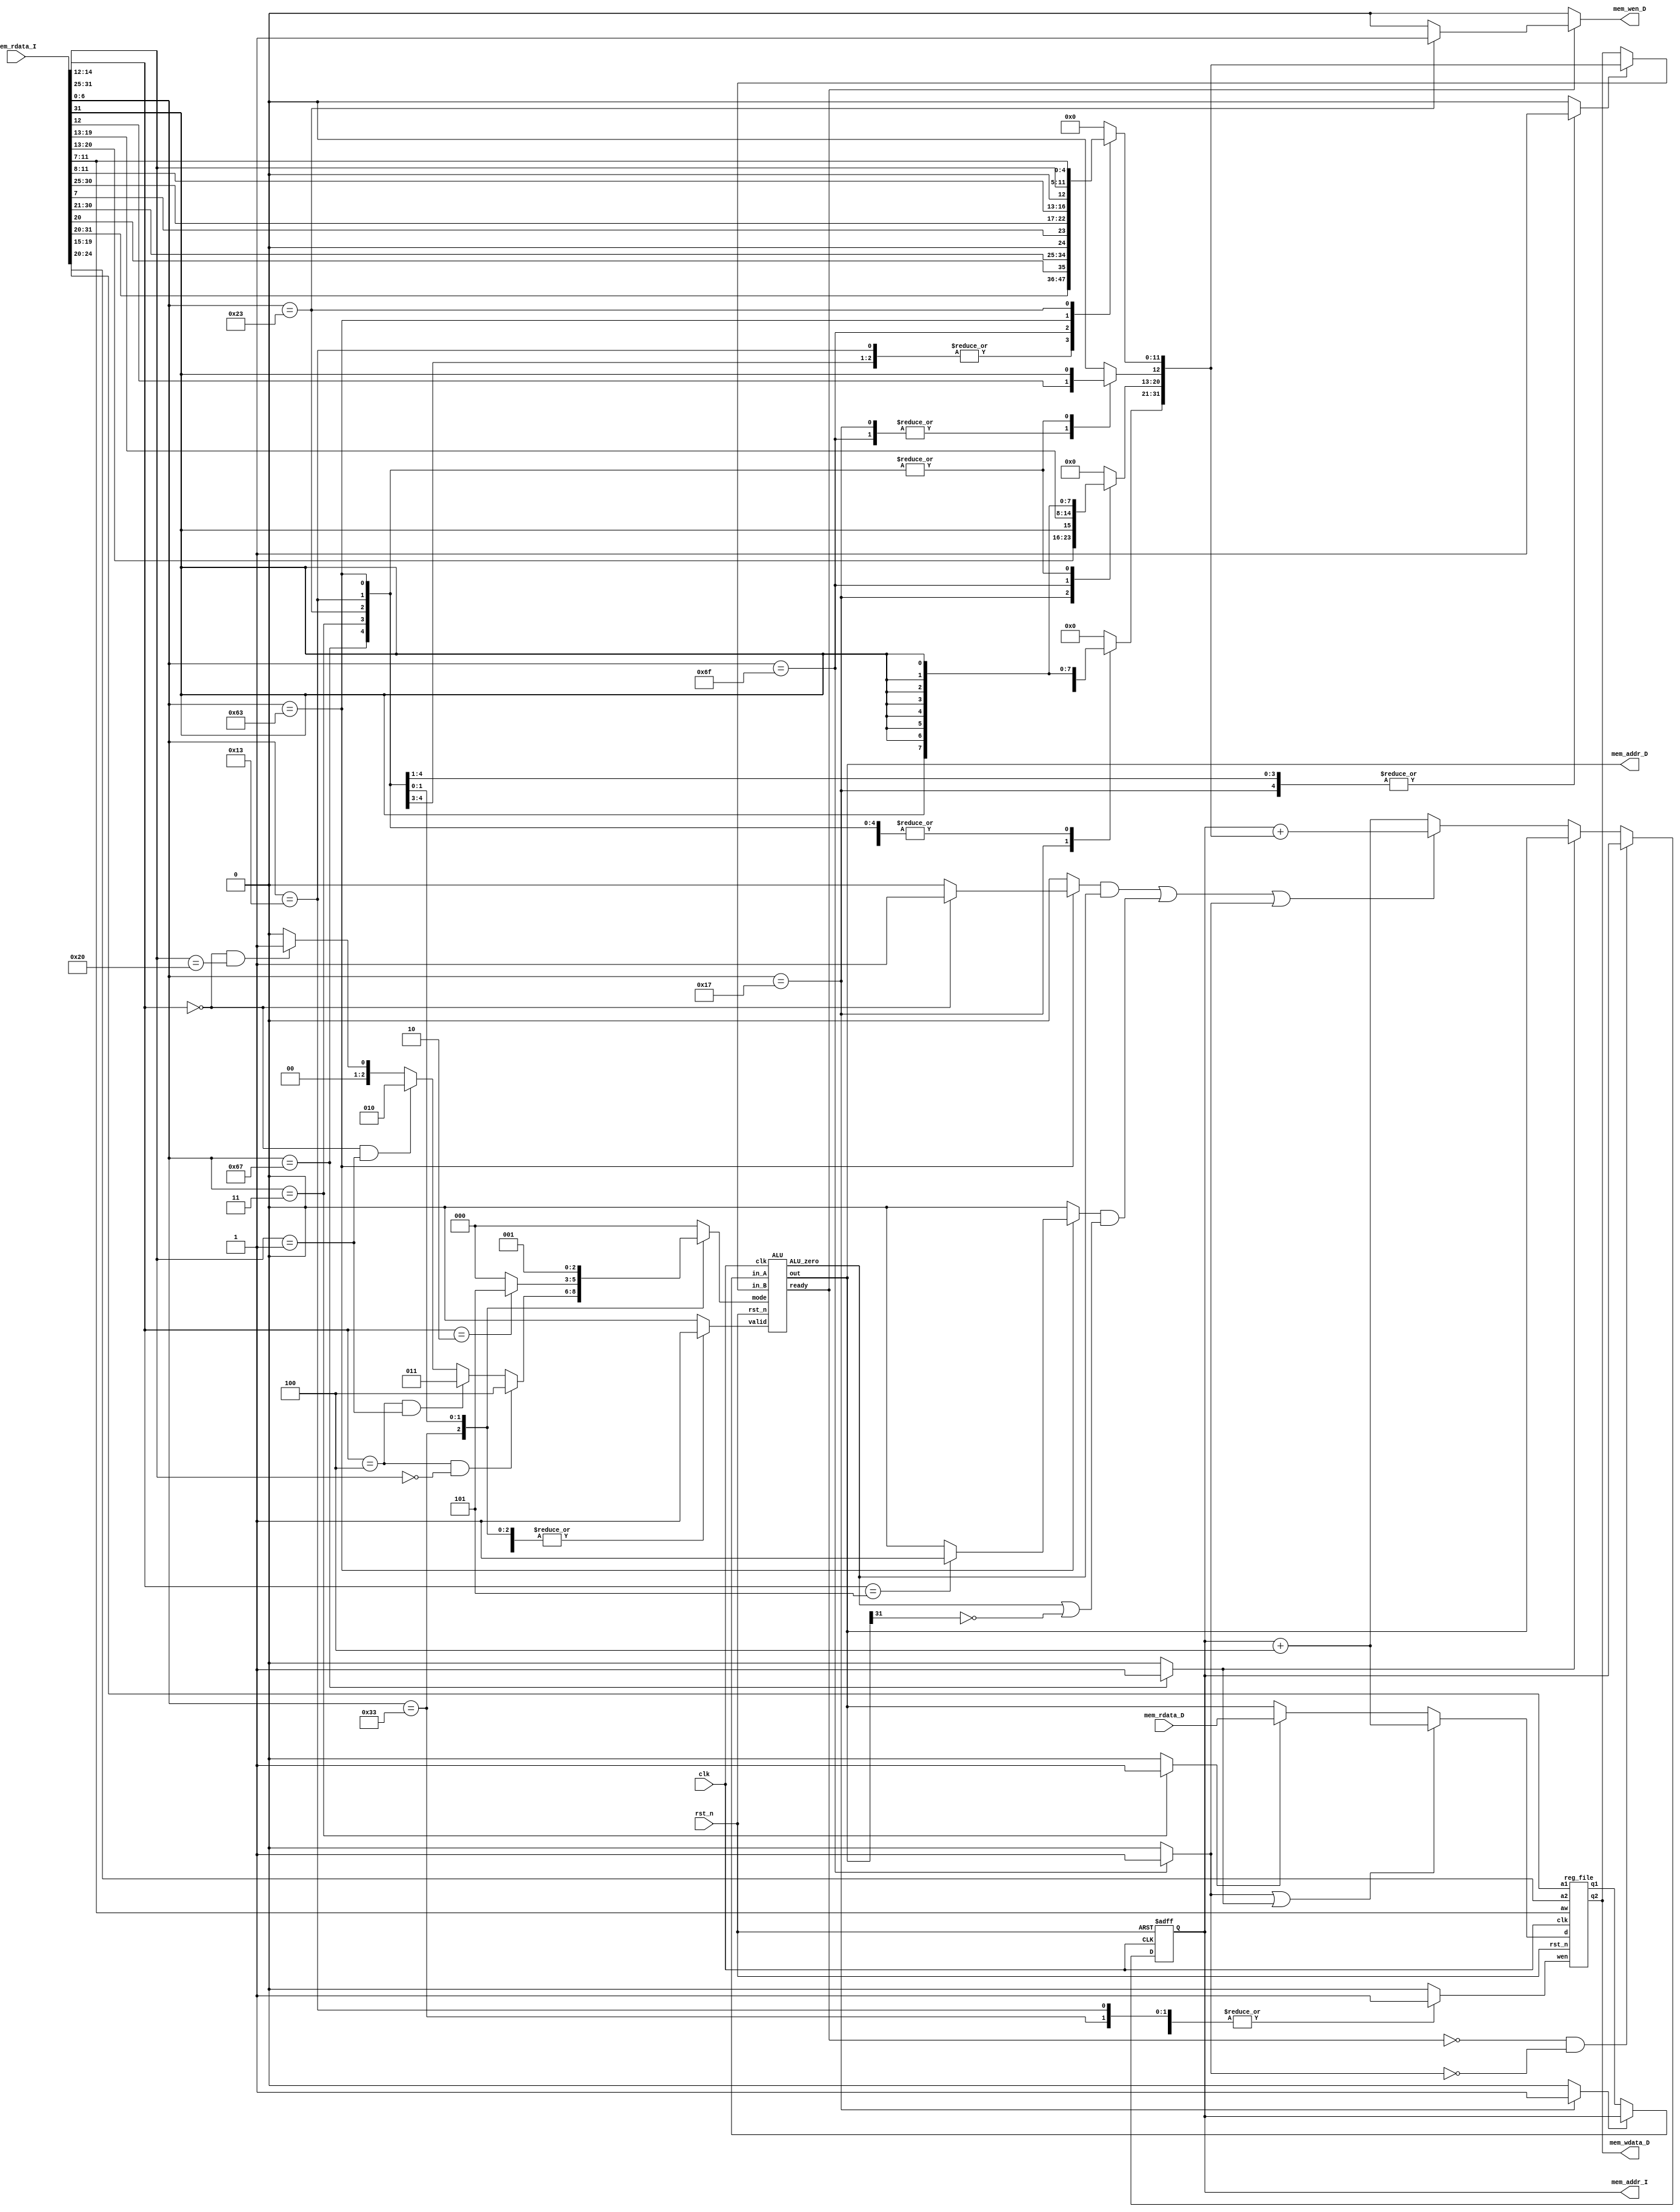
// Your code 

/* Version
    6/5 (4:30)
    Kayn modified:
        complete ALU.
        ALU add in this file.
        add some reg & wire for control.
        complete control signal.


    6/5 (14:10)
    WIL modified:
        part of combinational 

    6/5 (15:15)
    Kayn modified:
        imme generator


    6/5 (17:00)
    WIL modified:
        PC control, input data, minor bugs


    6/5 (21:00)
    Kayn modified:
        control bugs(ALU mode not correct), rd_data fix,

    
*/

module CHIP(clk,
            rst_n,
            // For mem_D
            mem_wen_D,
            mem_addr_D,
            mem_wdata_D,
            mem_rdata_D,
            // For mem_I
            mem_addr_I,
            mem_rdata_I);

    input         clk, rst_n ;
    // For mem_D
    output        mem_wen_D  ;
    output [31:0] mem_addr_D ;
    output [31:0] mem_wdata_D;
    input  [31:0] mem_rdata_D;
    // For mem_I
    output [31:0] mem_addr_I ;
    input  [31:0] mem_rdata_I;
    
    //---------------------------------------//
    // Do not modify this part!!!            //
    // Exception: You may change wire to reg //
    reg    [31:0] PC          ;              //
    reg    [31:0] PC_nxt      ;              // 
    reg               RegWrite;              //
    wire   [ 4:0] rs1, rs2, rd;              //
    wire   [31:0] rs1_data    ;              //
    wire   [31:0] rs2_data    ;              //
    wire   [31:0] rd_data     ;              //
    //---------------------------------------//


    // Todo: other wire/reg  

    wire   [6:0]   opcode;
    wire   [2:0]   funct3;
    wire   [6:0]   funct7;
    reg    [2:0]   ALU_mode;
    wire           ALU_ready;
    wire           ALU_zero;
    reg            Jal;
    reg            Jalr;
    reg            BEQ;
    reg            BGE;
    reg            MemRead;
    reg            MemToReg;
    reg            MemWrite;
    reg            is_jal;

    reg            valid;
    reg            ALUSrc_A;     // For auipc, in_A = pc
    reg            ALUSrc_B;     // select in_B between imme. and rs2
    reg    [31:0]  in_A_data;
    reg    [31:0]  in_B_data;     
    wire   [31:0]  ALU_result;

    // immediate
    reg    [31:0]  ImmeGen_out;
    

    //Destruct Instruction
    assign opcode = mem_rdata_I[ 6: 0];
    assign rd     = mem_rdata_I[11: 7];
    assign funct3 = mem_rdata_I[14:12];
    assign rs1    = mem_rdata_I[19:15];
    assign rs2    = mem_rdata_I[24:20];
    assign funct7 = mem_rdata_I[31:25];      
    

    ALU BasicALU(        
        .clk   (clk), 
        .rst_n (rst_n), 
        .valid (valid), 
        .ready (ALU_ready), 
        .mode  (ALU_mode), 
        .in_A  (in_A_data), 
        .in_B  (in_B_data),  
        .out   (ALU_result),
        .ALU_zero(ALU_zero) 
    );

    //---------------------------------------//
    // Do not modify this part!!!            //
    reg_file reg0(                           //
        .clk(clk),                           //
        .rst_n(rst_n),                       //
        .wen(RegWrite),                      //
        .a1(rs1),                            //
        .a2(rs2),                            //
        .aw(rd),                             //
        .d(rd_data),                         //
        .q1(rs1_data),                       //
        .q2(rs2_data)                        //
    );                                       //
    //---------------------------------------//

    // Todo: any combinational/sequential circuit
    assign mem_addr_I  = PC;  
    assign mem_wen_D   = ((ALU_ready)? MemWrite: 0);    
    assign mem_addr_D  = ALU_result;
    assign mem_wdata_D = rs2_data;
    assign rd_data     = ((Jal|Jalr)? PC+32'h00000004: MemToReg? mem_rdata_D: ALU_result); 
     
    // immediate generator
    always @(*) begin
        case(opcode)
            // I-type, lw
            7'b0010011, 7'b1100111, 7'b0000011 : begin
                ImmeGen_out[11:0] = mem_rdata_I[31:20];
                ImmeGen_out[31:12] = {20{ImmeGen_out[11]}};
            end
            // U-type
            7'b0010111 : ImmeGen_out = {mem_rdata_I[31:12], 12'b0};
            // J-type
            7'b1101111 : begin
                ImmeGen_out[20:0] = {mem_rdata_I[31], mem_rdata_I[19:12], mem_rdata_I[20], mem_rdata_I[30:21], 1'b0};
                ImmeGen_out[31:21] = {11{ImmeGen_out[20]}};
            end
            // B-type
            7'b1100011 : begin
                ImmeGen_out[12:0] = {mem_rdata_I[31], mem_rdata_I[7], mem_rdata_I[30:25], mem_rdata_I[11:8], 1'b0};
                ImmeGen_out[31:13] = {19{ImmeGen_out[12]}};
            end
            // S-type
            7'b0100011 : begin
                ImmeGen_out[11:0] = {mem_rdata_I[31:25], mem_rdata_I[11:7]};
                ImmeGen_out[31:12] = {20{ImmeGen_out[11]}};
            end
            default : ImmeGen_out = 0;
        endcase
    end

    // PC control
    always @(*) begin
        if (!ALU_ready & !is_jal) PC_nxt = PC;
        else if (Jalr) PC_nxt = ALU_result;
        else if ((BEQ & ALU_zero) | (BGE & (ALU_zero | !ALU_result[31])) | Jal) PC_nxt = PC + ImmeGen_out; 
        else PC_nxt = PC + 32'h00000004;
    end

    // control signal
        /* need to supply: 
            auipc(0010111), jal (1101111), jalr(1100111)
            beq  (1100011), bge (1100011), lw  (0000011), sw  (0100011)
            addi (0010011), slti(0010011), add (0110011), sub(0110011)
            xor  (0110011), mul (0110011)
        */
    always @(*) begin     
        
        Jal = 0;
        Jalr = 0;
        BEQ = 0;
        BGE = 0;
        is_jal = 0;

        MemRead = 0;
        MemToReg = 0;
        MemWrite = 0;
        RegWrite = 0;

        ALUSrc_A = 0;
        ALUSrc_B = 0;
        ALU_mode = 3'b0;
        valid = 0;
        
        case(opcode)
            // R-type: add, sub, xor, mul
            7'b0110011 : begin
                RegWrite = 1;
                if(funct3 == 3'b000 && funct7 == 7'b0000000)ALU_mode = 3'd0;
                if(funct3 == 3'b000 && funct7 == 7'b0100000)ALU_mode = 3'd1;
                if(funct3 == 3'b000 && funct7 == 7'b0000001)ALU_mode = 3'd2;
                if(funct3 == 3'b100 && funct7 == 7'b0000001)ALU_mode = 3'd3;
                if(funct3 == 3'b100 && funct7 == 7'b0000000)ALU_mode = 3'd4;
                valid = 1;
            end
            // I-type: addi, slti
            7'b0010011 : begin
                RegWrite  = 1;
                ALUSrc_B  = 1;
                if(funct3 == 3'b0)   ALU_mode = 3'd0;
                if(funct3 == 3'b010) ALU_mode = 3'd5;
                valid = 1;
            end
            // auipc
            7'b0010111 : begin
                ALUSrc_A = 1;
                ALUSrc_B = 1;   
                ALU_mode = 3'd0;             
                RegWrite = 1;
                valid    = 1;
            end

            // jal
            7'b1101111 : begin
                Jal = 1; 
                RegWrite = 1;
                is_jal = 1;
            end

            // jalr
            7'b1100111 : begin
                Jalr     = 1; 
                RegWrite = 1;
                ALU_mode = 3'd0;
                ALUSrc_B = 1;
                valid    = 1;
            end

            // beq, bge
            7'b1100011 : begin 
                if (funct3 == 3'b000) BEQ = 1;
                if (funct3 == 3'b101) BGE = 1;
                ALU_mode = 3'd1;
                valid = 1;
            end
            // lw
            7'b0000011 : begin
                MemRead  = 1;
                MemToReg = 1;
                RegWrite = 1;
                ALU_mode = 3'd0;
                ALUSrc_B = 1;
                valid = 1;
            end

            // sw
            7'b0100011 : begin
                MemWrite = 1;
                ALUSrc_B = 1;
                ALU_mode = 3'd0;
                valid = 1;
            end
        endcase 
    end

    //determine ALU input datas
    always @(*) begin    
        if (ALUSrc_A) in_A_data = PC;
        else in_A_data = rs1_data;

        if (ALUSrc_B) in_B_data = ImmeGen_out;
        else in_B_data = rs2_data;
    end
     
    always @(posedge clk or negedge rst_n) begin
        if (!rst_n) begin
            PC <= 32'h00010000; // Do not modify this value!!!
        end
        else begin
            PC <= PC_nxt;
        end
    end 

endmodule

module reg_file(clk, rst_n, wen, a1, a2, aw, d, q1, q2);

    parameter BITS = 32;
    parameter word_depth = 32;
    parameter addr_width = 5; // 2^addr_width >= word_depth

    input clk, rst_n, wen; // wen: 0:read | 1:write
    input [BITS-1:0] d;
    input [addr_width-1:0] a1, a2, aw;

    output [BITS-1:0] q1, q2;

    reg [BITS-1:0] mem [0:word_depth-1];
    reg [BITS-1:0] mem_nxt [0:word_depth-1];

    integer i;

    assign q1 = mem[a1];
    assign q2 = mem[a2];

    always @(*) begin
        for (i=0; i<word_depth; i=i+1)
            mem_nxt[i] = (wen && (aw == i)) ? d : mem[i];
    end

    always @(posedge clk or negedge rst_n) begin
        if (!rst_n) begin
            mem[0] <= 0;
            for (i=1; i<word_depth; i=i+1) begin
                case(i)
                    32'd2: mem[i] <= 32'hbffffff0;
                    32'd3: mem[i] <= 32'h10008000;
                    default: mem[i] <= 32'h0;
                endcase
            end
        end
        else begin
            mem[0] <= 0;
            for (i=1; i<word_depth; i=i+1)
                mem[i] <= mem_nxt[i];
        end
    end
endmodule


// =================== ALU =================== //
module ALU(
    clk,
    rst_n,
    valid,
    ready,
    mode,
    in_A,
    in_B,
    out,
    ALU_zero
);

    // Definition of ports
    input         clk, rst_n;
    input         valid;
    input  [2:0]  mode; // mode: 0: add, 1: sub, 2: mul, 3: div, 4: xor, 5: slti
    output        ready;
    input  [31:0] in_A, in_B;
    output [31:0] out;
    output        ALU_zero;

    // Definition of states
    parameter IDLE = 3'd0;
    parameter ADD  = 3'd1;
    parameter SUB  = 3'd2;
    parameter MUL  = 3'd3;
    parameter DIV  = 3'd4;
    parameter XOR  = 3'd5;
    parameter SLTI = 3'd6;
    parameter OUT  = 3'd7;

    // Todo: Wire and reg if needed
    reg  [2:0] state, state_nxt;
    reg  [4:0] counter, counter_nxt;
    reg  signed [63:0] shreg, shreg_nxt;
    reg  signed [31:0] alu_in, alu_in_nxt;
    reg  signed [32:0] alu_out;

    // Todo: Instatiate any primitives if needed

    // Todo 5: Wire assignments
    assign ready = (state == OUT);
    assign out = shreg[31:0];
    assign ALU_zero = (shreg[31:0] == 0);

    // Combinational always block
    // Todo 1: Next-state logic of state machine
    always @(*) begin
        case(state) 
            IDLE: begin
                if (valid) begin
                    if (mode[2])
                        if (mode[0]) state_nxt = SLTI;
                        else         state_nxt = XOR;
                    else
                        if (mode[1]) 
                            if (mode[0]) state_nxt = DIV;
                            else         state_nxt = MUL;
                        else 
                            if (mode[0]) state_nxt = SUB;
                            else         state_nxt = ADD;
                end
                else                 state_nxt = IDLE;
            end
            ADD :     state_nxt = OUT;
            SUB :     state_nxt = OUT;
            MUL : begin
                if (counter == 5'b11111) state_nxt = OUT;
                else                     state_nxt = MUL;
            end
            DIV : begin
                if (counter == 5'b11111) state_nxt = OUT;
                else                     state_nxt = DIV;
            end
            XOR :     state_nxt = OUT; 
            SLTI :    state_nxt = OUT;           
            OUT :     state_nxt = IDLE;
            default : state_nxt = state;
        endcase
    end

    // Todo 2: Counter
    always @(*) begin
        case(state) 
            IDLE :    counter_nxt = 5'b00000;
            MUL :     counter_nxt = (counter == 5'b11111)? 5'b00000: counter + 1'd1;
            DIV :     counter_nxt = (counter == 5'b11111)? 5'b00000: counter + 1'd1;
            OUT :     counter_nxt = 5'b00000;
            default : counter_nxt = counter;
        endcase
    end

    // ALU input
    always @(*) begin
        case(state)
            IDLE : begin
                if (valid) alu_in_nxt = in_B;
                else       alu_in_nxt = 0;
            end
            OUT : alu_in_nxt = 0;
            default: alu_in_nxt = alu_in;
        endcase
    end

    // Todo 3: ALU output
    always @(*) begin
        alu_out[32] = 1'd0;
        case(state)
            ADD : alu_out[31:0] = shreg[31:0] + alu_in;
            SUB : alu_out[31:0] = shreg[31:0] - alu_in;
            MUL : begin
                if (shreg[0]) alu_out = alu_in + shreg[63:32];
                else          alu_out = shreg[63:32];
            end
            DIV : begin
                if (shreg[62:31] >= alu_in) alu_out = shreg[62:31] - alu_in;
                else                        alu_out = shreg[62:31];
            end
            XOR : alu_out[31:0] = shreg[31:0] ^ alu_in;
            SLTI : alu_out[31:0] = (shreg[31:0]<alu_in) ? 32'd1: 32'd0;
            default : alu_out = 33'd0;
        endcase
    end
    
    // Todo 4: Shift register
    always @(*) begin
        case(state)
            IDLE : begin
                if (valid) begin
                    shreg_nxt[63:32] = 32'd0;
                    shreg_nxt[31:0]  = in_A;
                end
                else shreg_nxt = shreg; 
            end
            ADD : begin
                shreg_nxt[31:0]  = alu_out[31:0];
                shreg_nxt[63:32] = 32'd0;
            end
            SUB : begin
                shreg_nxt[31:0]  = alu_out[31:0];
                shreg_nxt[63:32] = 32'd0;
            end
            MUL : begin
                shreg_nxt = shreg >> 1;
                shreg_nxt[63:31] = alu_out[32:0];
            end
            DIV : begin
                if (shreg[62:31] >= alu_in) begin
                    shreg_nxt = shreg << 1;
                    shreg_nxt[63:32] = alu_out[31:0];
                    shreg_nxt[0] = 1;
                end
                else begin
                    shreg_nxt = shreg << 1;
                    shreg_nxt[63:32] = alu_out[31:0];
                    shreg_nxt[0] = 0;
                end
            end
            XOR : begin
                shreg_nxt[31:0]  = alu_out[31:0];
                shreg_nxt[63:32] = 32'd0;
            end
            SLTI : begin
                shreg_nxt[31:0]  = alu_out[31:0];
                shreg_nxt[63:32] = 32'd0;
            end
            default : shreg_nxt = shreg;
        endcase
    end

    // Todo: Sequential always block
    always @(posedge clk or negedge rst_n) begin
        if (!rst_n) begin
            state   <= IDLE;
            counter <= 5'd0;
            alu_in  <= 32'd0;
            shreg   <= 64'd0;
        end
        else begin
            state   <= state_nxt;
            counter <= counter_nxt;
            alu_in  <= alu_in_nxt;
            shreg   <= shreg_nxt;
        end
    end
endmodule